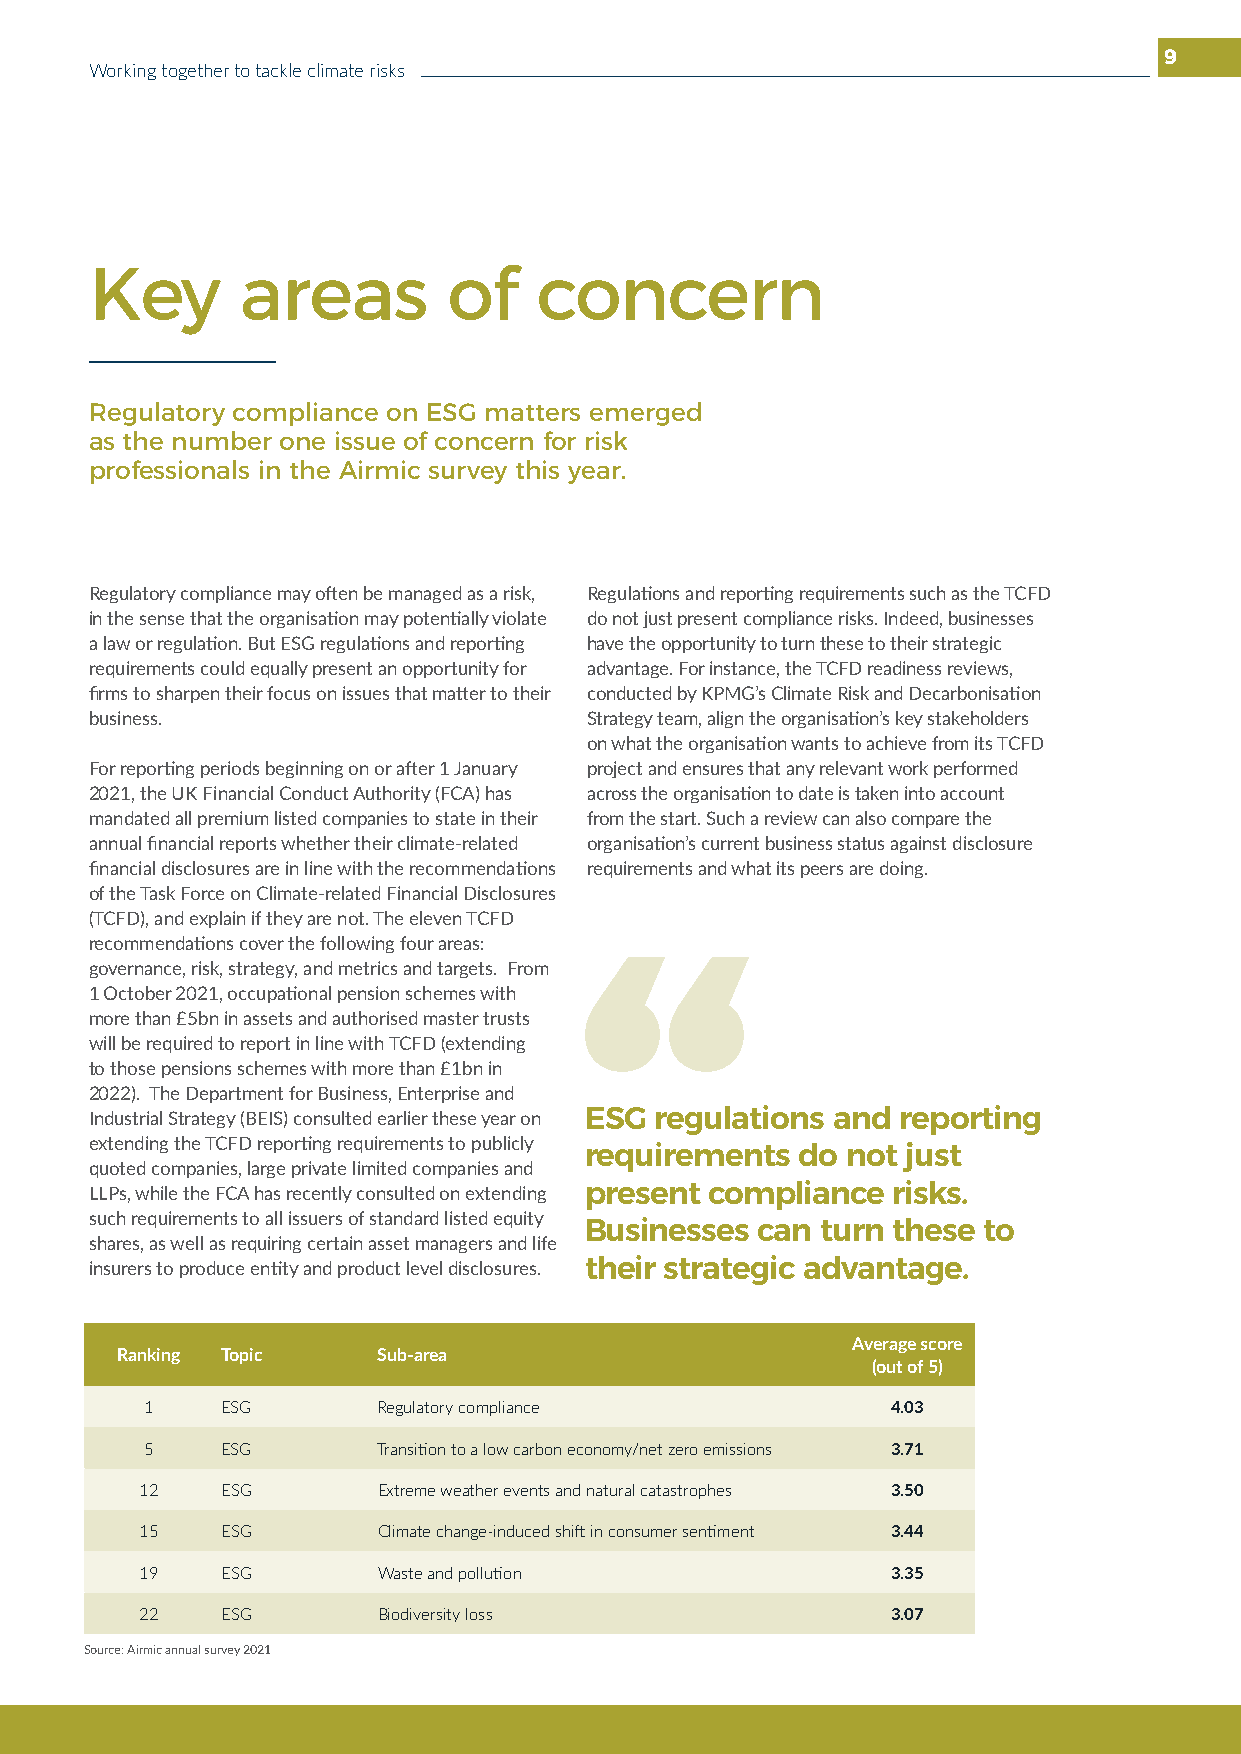
9
 Working together to tackle climate risks
 Key       areas         of   concern
 Regulatory compliance on ESG matters emerged
 as the number one issue of concern for risk
 professionals in the Airmic survey this year.
 Regulatory compliance may often be managed as a risk, Regulations and reporting requirements such as the TCFD
 in the sense that the organisation may potentially violate do not just present compliance risks. Indeed, businesses
 a law or regulation. But ESG regulations and reporting have the opportunity to turn these to their strategic
 requirements could equally present an opportunity for advantage. For instance, the TCFD readiness reviews,
 firms to sharpen their focus on issues that matter to their conducted by KPMG’s Climate Risk and Decarbonisation
 business.                        Strategy team, align the organisation’s key stakeholders
 on what the organisation wants to achieve from its TCFD
 For reporting periods beginning on or after 1 January project and ensures that any relevant work performed
 2021, the UK Financial Conduct Authority (FCA) has across the organisation to date is taken into account
 mandated all premium listed companies to state in their from the start. Such a review can also compare the
 annual financial reports whether their climate-related organisation’s current business status against disclosure
 financial disclosures are in line with the recommendations requirements and what its peers are doing.
 of the Task Force on Climate-related Financial Disclosures
 (TCFD), and explain if they are not. The eleven TCFD
 recommendations cover the following four areas:
 governance, risk, strategy, and metrics and targets. From
 1 October 2021, occupational pension schemes with
 more than £5bn in assets and authorised master trusts
 will be required to report in line with TCFD (extending
 to those pensions schemes with more than £1bn in
 2022). The Department for Business, Enterprise and
 Industrial Strategy (BEIS) consulted earlier these year on ESG regulations and reporting
 extending the TCFD reporting requirements to publicly
 requirements  do not just
 quoted companies, large private limited companies and
 LLPs, while the FCA has recently consulted on extending present compliance risks.
 such requirements to all issuers of standard listed equity
 Businesses can turn these to
 shares, as well as requiring certain asset managers and life
 insurers to produce entity and product level disclosures. their strategic advantage.
 Average score
 Ranking Topic    Sub-area
 (out of 5)
 1    ESG       Regulatory compliance             4.03
 5    ESG       Transition to a low carbon economy/net zero emissions 3.71
 12    ESG       Extreme weather events and natural catastrophes 3.50
 15    ESG       Climate change-induced shift in consumer sentiment 3.44
 19    ESG       Waste and pollution               3.35
 22    ESG       Biodiversity loss                 3.07
 Source: Airmic annual survey 2021